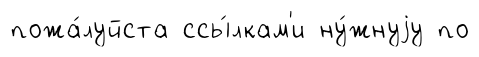
пожа́луйста ссы́лкам'и ну́жнуjу по